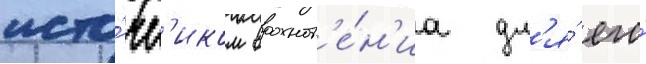
исто́чн'иком вдохнов'е́н'иа дл'я́ его́